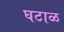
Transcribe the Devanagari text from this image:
घटाळ